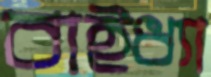
বাইধ্যা